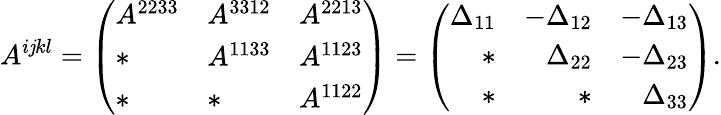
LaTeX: A^{i\mathit{j}kl}=\left(\begin{array}{lll}{A^{2233}}&{A^{3312}}&{A^{2213}}\\ {*}&{A^{1133}}&{A^{1123}}\\ {*}&{*}&{A^{1122}}\end{array}\right)=\left(\begin{array}{rrr}{\Delta_{11}}&{-\Delta_{12}}&{-\Delta_{13}}\\ {*}&{\Delta_{22}}&{-\Delta_{23}}\\ {*}&{*}&{\Delta_{33}}\end{array}\right).